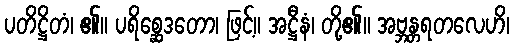
ပတိဋ္ဌိတံ၊ ၏။ ပရိစ္ဆေဒတော၊ ဖြင့်။ အဋ္ဌီနံ၊ တို့၏။ အဗ္ဘန္တရတလေဟိ၊